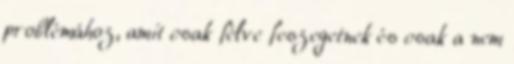
problémához, amit csak félve feszegetnek és csak a nem